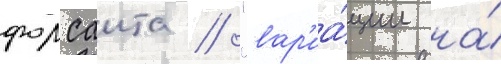
форсаита / "вар'иа́ции на́